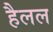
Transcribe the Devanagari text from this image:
हैलल